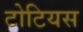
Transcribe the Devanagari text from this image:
टोटियस